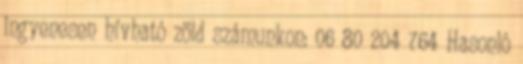
ingyenesen hívható zöld számunkon: 06 80 204 764 Hasonló